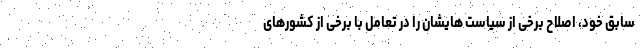
سابق خود، اصلاح برخی از سیاست هایشان را در تعامل با برخی از کشورهای